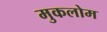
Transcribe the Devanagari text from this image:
मुकलोम